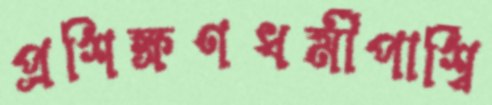
প্রশিক্ষণধর্মীপার্শ্বি